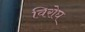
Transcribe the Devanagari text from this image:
विरोघ